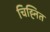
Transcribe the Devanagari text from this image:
चिह्‍नित